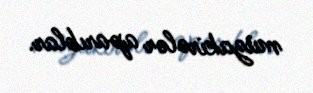
müzakirələr aparıblar.